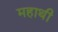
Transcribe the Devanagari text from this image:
महाथी